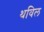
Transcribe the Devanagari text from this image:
थविल